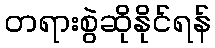
တရားစွဲဆိုနိုင်ရန်